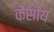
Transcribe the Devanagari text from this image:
केंसीय